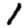
Digit: 1